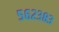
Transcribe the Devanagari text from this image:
५६२३८३